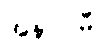
အနာဂါမီ